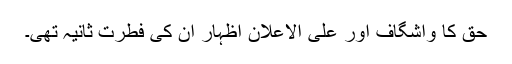
حق کا واشگاف اور علی الاعلان اظہار ان کی فطرت ثانیہ تھی۔